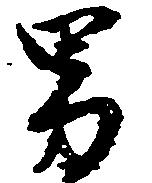
男